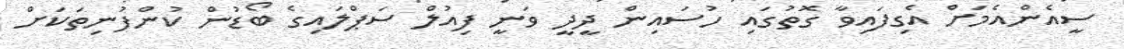
ސީއެންއެމަށް އެގިފައިވާ ގޮތުގައި ހުސައިން ދީދީ ވަނީ ފިއުލް ސަޕްލައިގެ ބޯޑުން ކުންފުނިތަކަށް